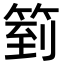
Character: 箌